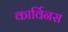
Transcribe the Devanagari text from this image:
कार्विनस